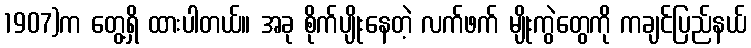
1907)က တွေ့ရှိ ထားပါတယ်။ အခု စိုက်ပျိုးနေတဲ့ လက်ဖက် မျိုးကွဲတွေကို ကချင်ပြည်နယ်